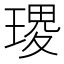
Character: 𭹭